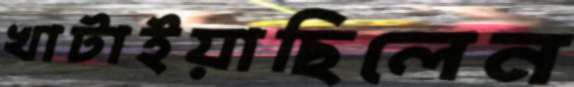
খাটাইয়াছিলেন